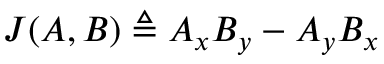
J ( A , B ) \triangleq A _ { x } B _ { y } - A _ { y } B _ { x }